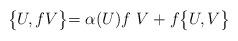
LaTeX: \begin{align*}\bigl\{U,fV\bigl\} = \alpha(U)f\,\,V + f\bigl\{U,V\bigl\}\end{align*}